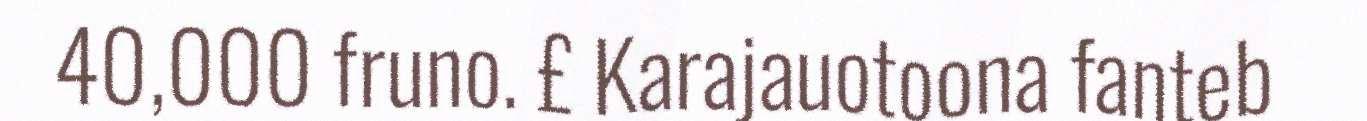
40,000 fruno. £ Karajauotoona fanteb